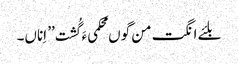
بلئے انگت من گوں محکمیءَ گُشت ’’ اِناں۔